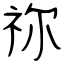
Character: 祢